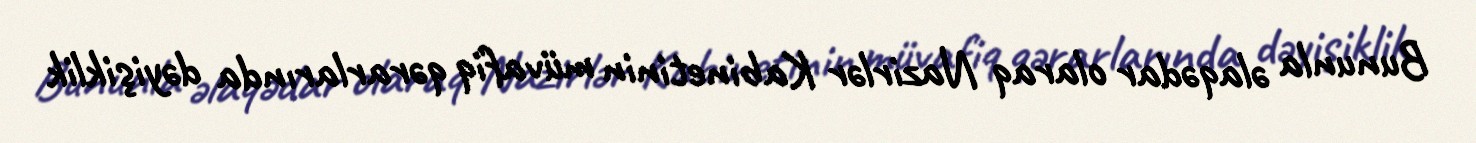
Bununla əlaqədar olaraq Nazirlər Kabinetinin müvafiq qərarlarında dəyişiklik